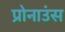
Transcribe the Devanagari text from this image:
प्रोनाउंस